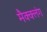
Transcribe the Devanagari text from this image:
मैक्क्लंग